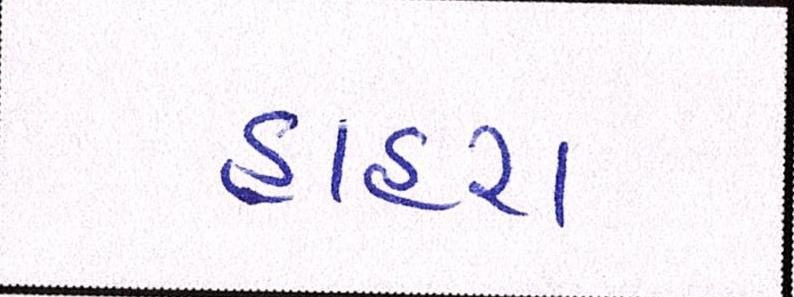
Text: હાહરા